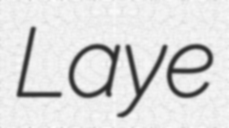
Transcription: Laye